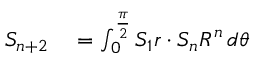
\begin{array} { r l } { S _ { n + 2 } } & { { } = \int _ { 0 } ^ { \frac { \pi } { 2 } } S _ { 1 } r \cdot S _ { n } R ^ { n } \, d \theta } \end{array}